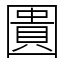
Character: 圚